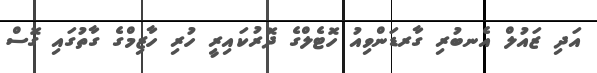
އަދި ޒައުލް އެނބުރި ގާރޑަންވިއު ހޮޓެލްގެ ދޮރުކައިރީ ހުރި ހާޒިމްގެ ގާތުގައި ގޮސް